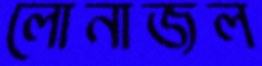
লোনাজল